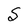
Character: S